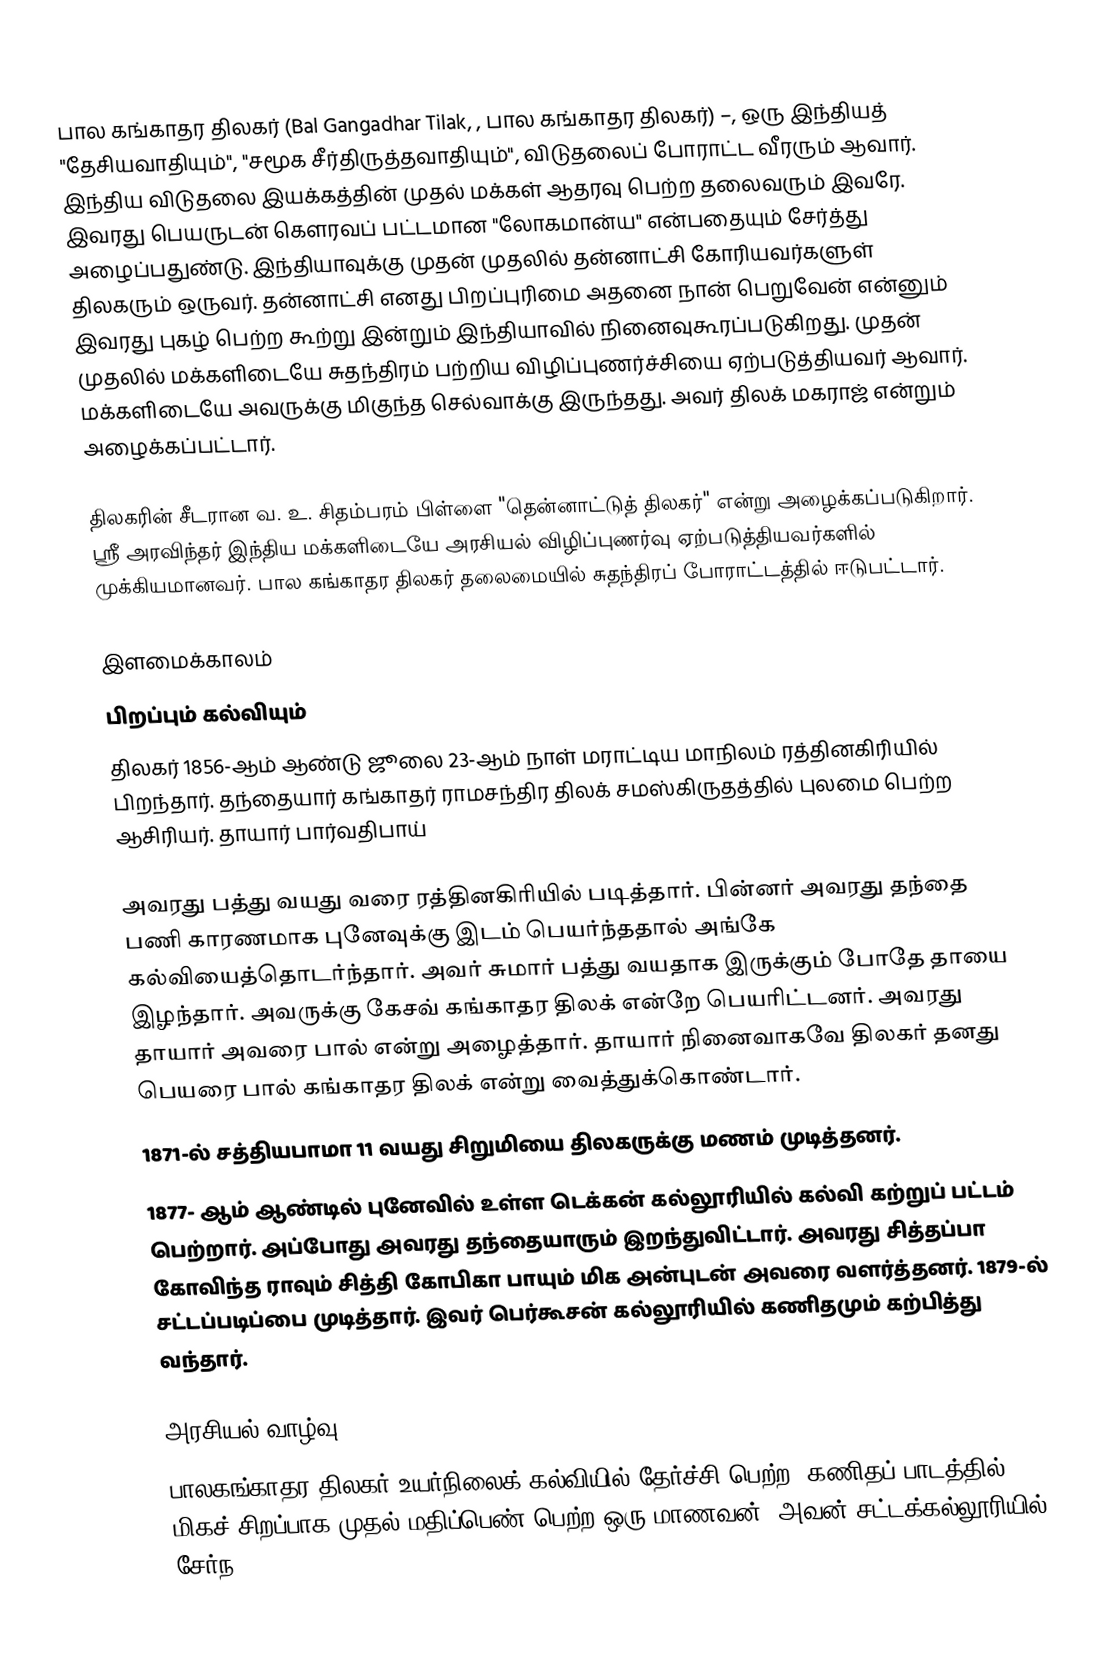
பால கங்காதர திலகர் (Bal Gangadhar Tilak, , பால கங்காதர திலகர்) –, ஒரு இந்தியத் "தேசியவாதியும்", "சமூக சீர்திருத்தவாதியும்", விடுதலைப் போராட்ட வீரரும் ஆவார். இந்திய விடுதலை இயக்கத்தின் முதல் மக்கள் ஆதரவு பெற்ற தலைவரும் இவரே. இவரது பெயருடன் கௌரவப் பட்டமான "லோகமான்ய" என்பதையும் சேர்த்து அழைப்பதுண்டு. இந்தியாவுக்கு முதன் முதலில் தன்னாட்சி கோரியவர்களுள் திலகரும் ஒருவர். தன்னாட்சி எனது பிறப்புரிமை அதனை நான் பெறுவேன் என்னும் இவரது புகழ் பெற்ற கூற்று இன்றும் இந்தியாவில் நினைவுகூரப்படுகிறது.  முதன் முதலில் மக்களிடையே சுதந்திரம் பற்றிய விழிப்புணர்ச்சியை ஏற்படுத்தியவர் ஆவார். மக்களிடையே அவருக்கு மிகுந்த செல்வாக்கு இருந்தது. அவர் திலக் மகராஜ் என்றும் அழைக்கப்பட்டார்.

திலகரின் சீடரான வ. உ. சிதம்பரம் பிள்ளை "தென்னாட்டுத் திலகர்" என்று அழைக்கப்படுகிறார். ஸ்ரீ அரவிந்தர் இந்திய மக்களிடையே அரசியல் விழிப்புணர்வு ஏற்படுத்தியவர்களில் முக்கியமானவர். பால கங்காதர திலகர் தலைமையில் சுதந்திரப் போராட்டத்தில் ஈடுபட்டார்.

இளமைக்காலம்
பிறப்பும் கல்வியும்
திலகர் 1856-ஆம் ஆண்டு ஜூலை 23-ஆம் நாள் மராட்டிய மாநிலம் ரத்தினகிரியில் பிறந்தார். தந்தையார் கங்காதர் ராமசந்திர திலக் சமஸ்கிருதத்தில் புலமை பெற்ற ஆசிரியர். தாயார் பார்வதிபாய்

அவரது பத்து வயது வரை ரத்தினகிரியில் படித்தார். பின்னர் அவரது தந்தை பணி காரணமாக புனேவுக்கு இடம் பெயர்ந்ததால் அங்கே கல்வியைத்தொடர்ந்தார். அவர் சுமார் பத்து வயதாக இருக்கும் போதே தாயை இழந்தார். அவருக்கு கேசவ் கங்காதர திலக் என்றே பெயரிட்டனர். அவரது தாயார் அவரை பால் என்று அழைத்தார். தாயார் நினைவாகவே திலகர் தனது பெயரை பால் கங்காதர திலக் என்று வைத்துக்கொண்டார்.
1871-ல் சத்தியபாமா 11 வயது சிறுமியை திலகருக்கு மணம் முடித்தனர்.
1877- ஆம் ஆண்டில் புனேவில் உள்ள டெக்கன் கல்லூரியில் கல்வி கற்றுப் பட்டம் பெற்றார். அப்போது அவரது தந்தையாரும் இறந்துவிட்டார். அவரது சித்தப்பா கோவிந்த ராவும் சித்தி கோபிகா பாயும் மிக அன்புடன் அவரை வளர்த்தனர். 1879-ல் சட்டப்படிப்பை முடித்தார். இவர் பெர்கூசன் கல்லூரியில் கணிதமும் கற்பித்து வந்தார்.

அரசியல் வாழ்வு
பாலகங்காதர திலகர் உயர்நிலைக் கல்வியில் தேர்ச்சி பெற்ற, கணிதப் பாடத்தில் மிகச் சிறப்பாக முதல் மதிப்பெண் பெற்ற ஒரு மாணவன். அவன் சட்டக்கல்லூரியில் சேர்ந